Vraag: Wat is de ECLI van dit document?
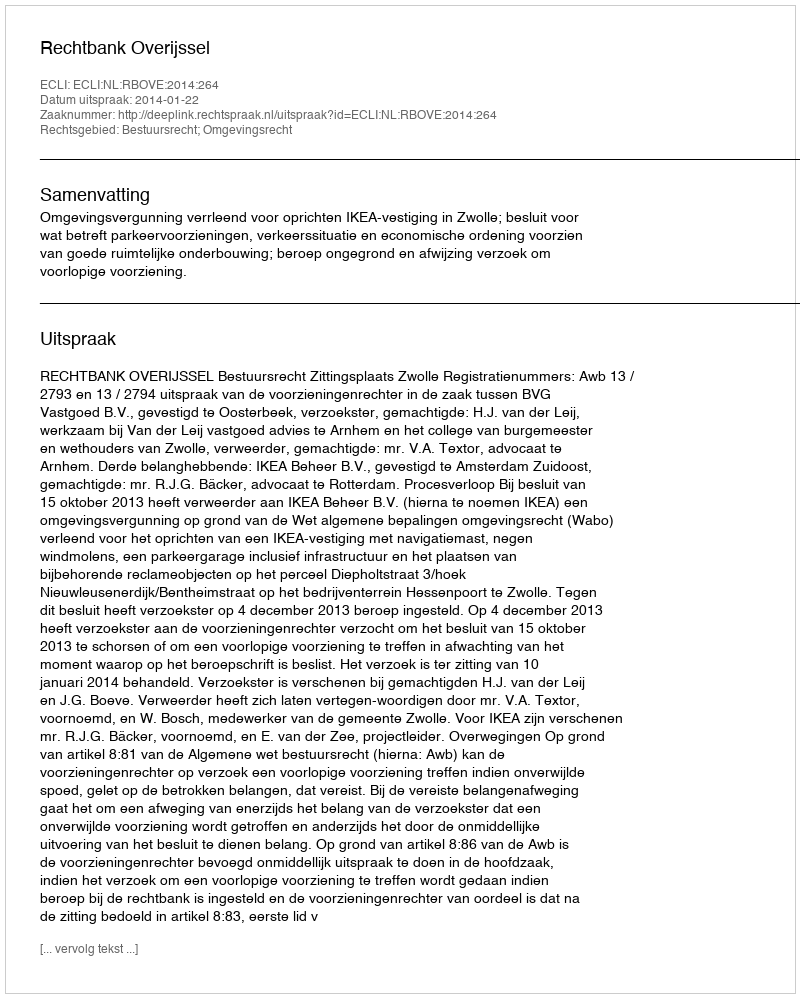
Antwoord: ECLI:NL:RBOVE:2014:264